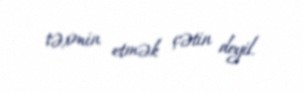
təxmin etmək çətin deyil.